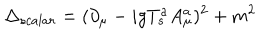
\Delta _ { s c a l a r } = ( \partial _ { \mu } - i g T _ { s } ^ { a } A _ { \mu } ^ { a } ) ^ { 2 } + m ^ { 2 }